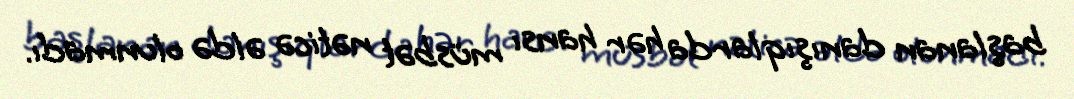
başlanan danışıqlarda hər hansı müsbət nəticə əldə olunmadı.